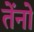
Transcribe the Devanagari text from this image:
तेंनो